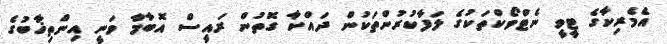
އެމެރިކާގެ ޓީވީ ނެޓްވޯކްތަކުގެ ލަފާކުރުންތަކުން ދައްކާ ގޮތުން ރައީސް އޮބާމާ ވަނީ އިންތިޚާބުގެ